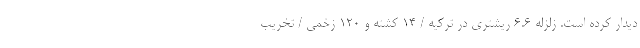
دیدار کرده است. زلزله ۶.۶ ریشتری در ترکیه / ۱۴ کشته و ۱۲۰ زخمی / تخریب